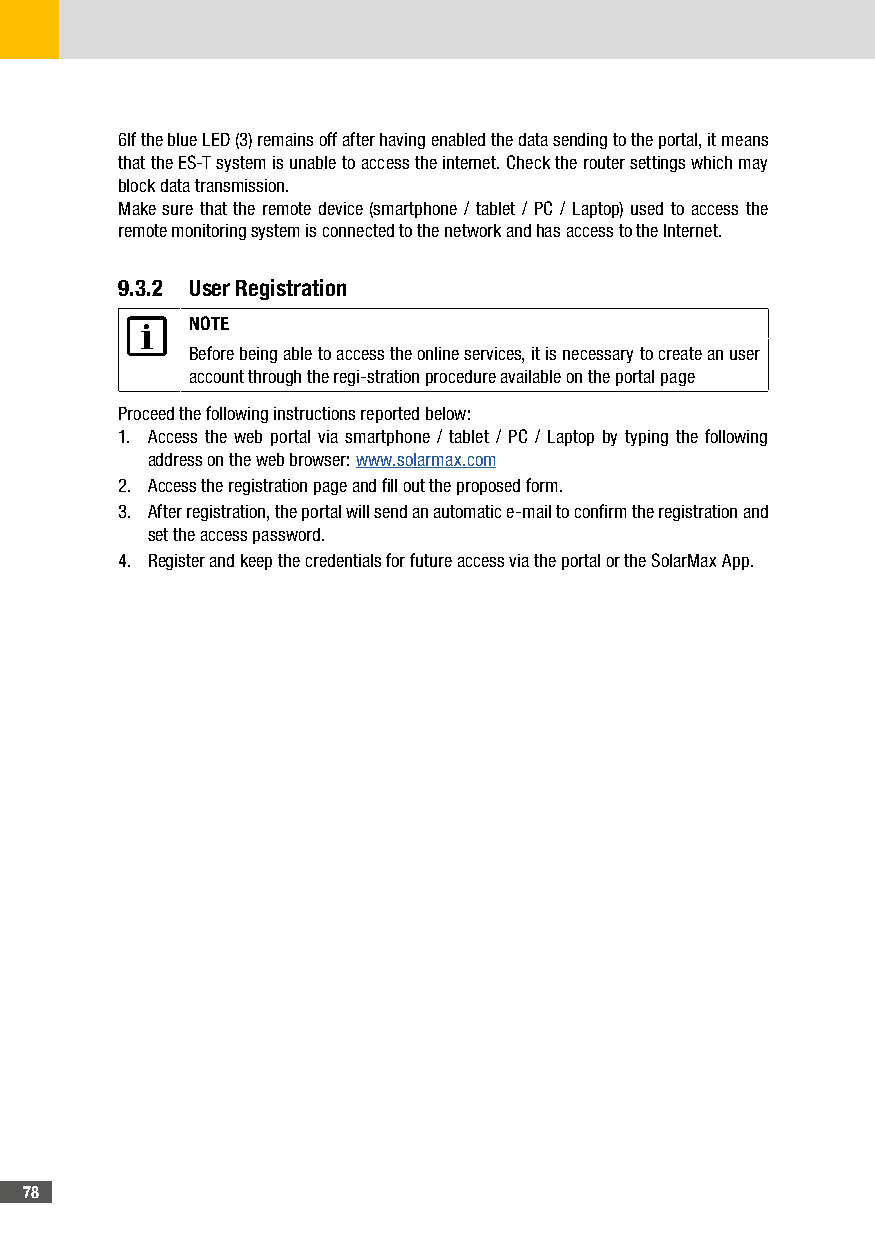
6If the blue LED (3) remains off after having enabled the data sending to the portal, it means
 that the ES-T system is unable to access the internet. Check the router settings which may
 block data transmission.
 Make sure that the remote device (smartphone / tablet / PC / Laptop) used to access the
 remote monitoring system is connected to the network and has access to the Internet.
 9�3�2 User Registration
 NOTE
 Before being able to access the online services, it is necessary to create an user
 account through the regi-stration procedure available on the portal page
 Proceed the following instructions reported below:
 1. Access the web portal via smartphone / tablet / PC / Laptop by typing the following
 address on the web browser: www.solarmax.com
 2. Access the registration page and fill out the proposed form.
 3. After registration, the portal will send an automatic e-mail to confirm the registration and
 set the access password.
 4. Register and keep the credentials for future access via the portal or the SolarMax App.
 78